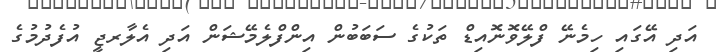
އަދި އޭގައި ހިމެނޭ ފްލޭވޮނޮއިޑް ތަކުގެ ސަބަބުން އިންފްލެމޭޝަން އަދި އެލާރޖީ އުފެދުމުގެ